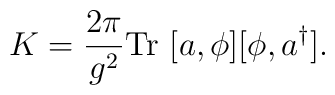
K = \frac{2 \pi}{g^2} {\rm Tr} \ [a, \phi] [ \phi, a^\dagger].